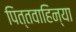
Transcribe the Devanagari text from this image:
पित्तवाहिन्या